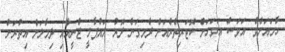
ހާމައަށެވެ. އަވަސް އަވަހަށް ކޮޓަރިތެރެއަށް ދެމިގަނެ ދޮރު ލައްޕާލީ ޖެނީއާއި ދިމާލަށް އިތުރަށް